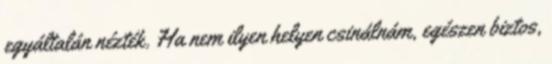
egyáltalán nézték. Ha nem ilyen helyen csinálnám, egészen biztos,